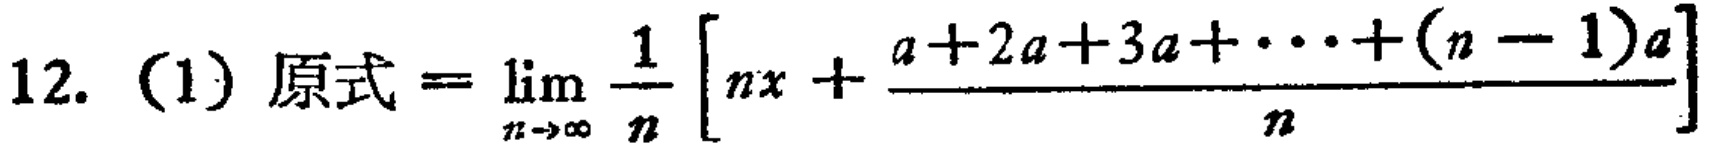
12. (1) 原式$=\lim_{n \to \infty} \frac{1}{n} \left[nx + \frac{a + 2a + 3a + \cdots + (n - 1)a}{n}\right]$